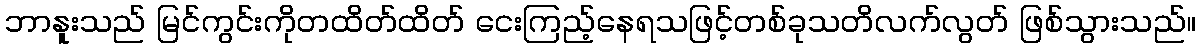
ဘာနူးသည် မြင်ကွင်းကိုတထိတ်ထိတ် ငေးကြည့်နေရသဖြင့်တစ်ခုသတိလက်လွတ် ဖြစ်သွားသည်။